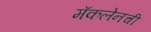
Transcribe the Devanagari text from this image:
मॅकलेनची